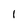
Character: l